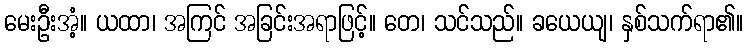
မေးဦးအံ့။ ယထာ၊ အကြင် အခြင်းအရာဖြင့်။ တေ၊ သင်သည်။ ခယေယျ၊ နှစ်သက်ရာ၏။